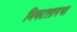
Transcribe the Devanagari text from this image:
मिक्टलानचा